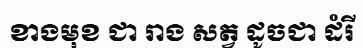
ខាងមុខ ជា រាង សត្វ ដូចជា ដំរី